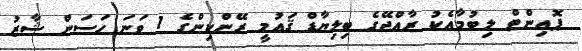
ޕޮއިންޓް ލިބުމާއެކު ރާއްޖޭގެ ބިލިޔާޑް ޤައުމީ ރޭންކިންގެ 1 ވަނަ ހަސަން ޝާޒު